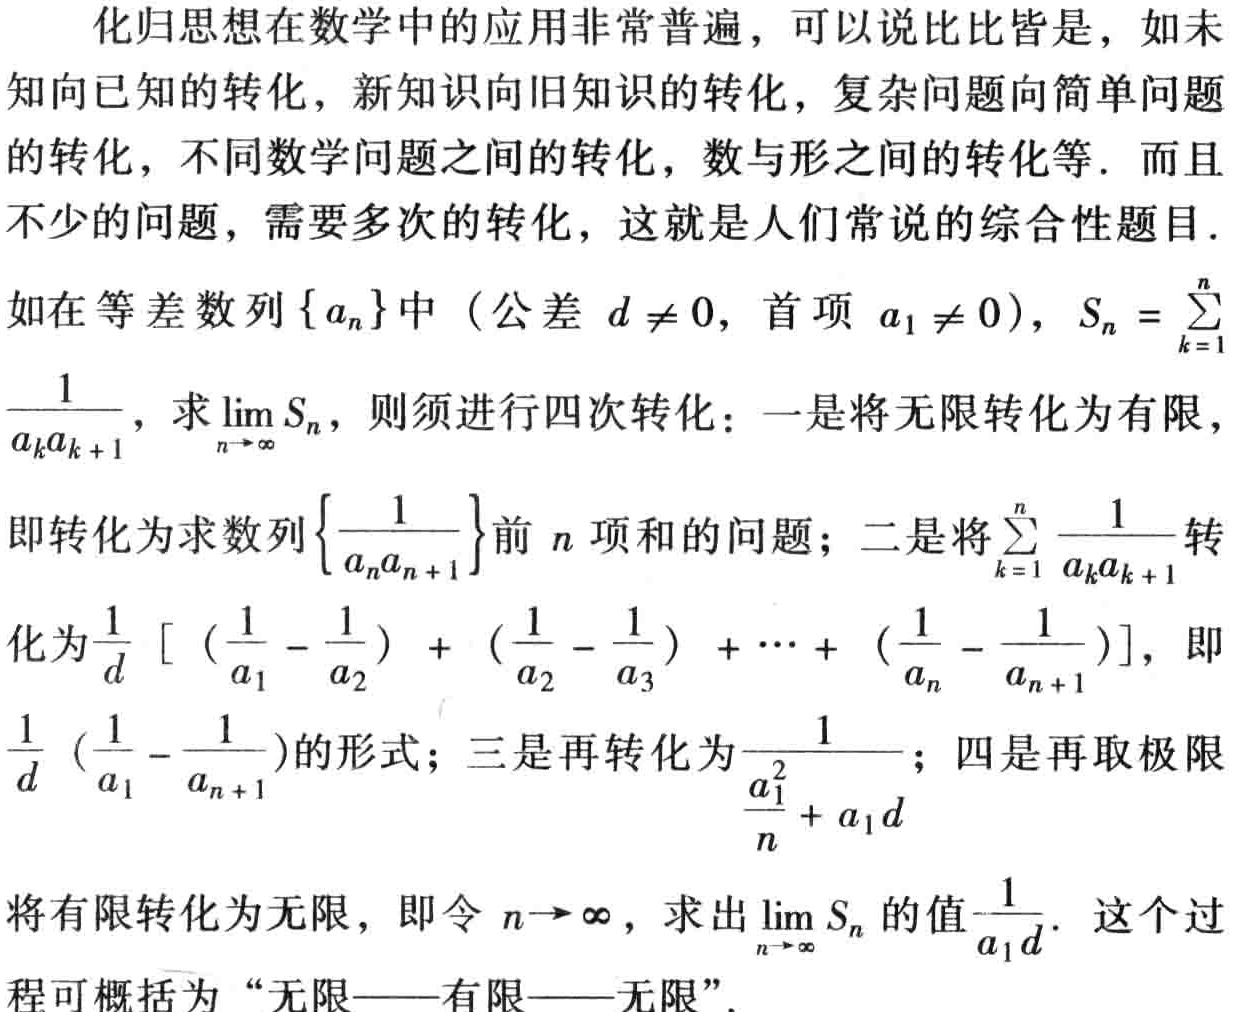
化归思想在数学中的应用非常普遍，可以说比比皆是，如未知向已知的转化，新知识向旧知识的转化，复杂问题向简单问题的转化，不同数学问题之间的转化，数与形之间的转化等. 而且不少的问题，需要多次的转化，这就是人们常说的综合性题目.
如在等差数列\(\{ a_{n}\}\)中（公差\(d\neq 0\)，首项\(a_{1}\neq 0\)），\(S_{n}=\sum_{k = 1}^{n}\frac{1}{a_{k}a_{k + 1}}\)，求\(\lim_{n\rightarrow\infty}S_{n}\)，则须进行四次转化：一是将无限转化为有限，即转化为求数列\(\left\{\frac{1}{a_{n}a_{n + 1}}\right\}\)前\(n\)项和的问题；二是将\(\sum_{k = 1}^{n}\frac{1}{a_{k}a_{k + 1}}\)转化为\(\frac{1}{d}\left[\left(\frac{1}{a_{1}}-\frac{1}{a_{2}}\right)+\left(\frac{1}{a_{2}}-\frac{1}{a_{3}}\right)+\cdots+\left(\frac{1}{a_{n}}-\frac{1}{a_{n + 1}}\right)\right]\)，即\(\frac{1}{d}\left(\frac{1}{a_{1}}-\frac{1}{a_{n + 1}}\right)\)的形式；三是再转化为\(\frac{1}{\frac{a_{1}^{2}}{n}+a_{1}d}\)；四是再取极限将有限转化为无限，即令\(n\rightarrow\infty\)，求出\(\lim_{n\rightarrow\infty}S_{n}\)的值\(\frac{1}{a_{1}d}\). 这个过程可概括为“无限——有限——无限”.